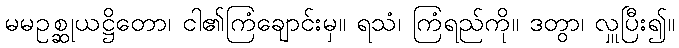
မမဥစ္ဆုယဋ္ဌိတော၊ ငါ၏ကြံချောင်းမှ။ ရသံ၊ ကြံရည်ကို။ ဒတွာ၊ လှူပြီး၍။